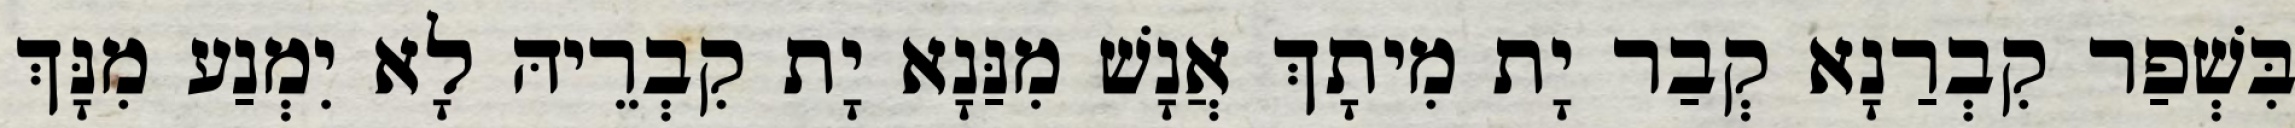
בִּשְׁפַר קִבְרַנָא קְבַר יָת מִיתָךְ אֲנָשׁ מִנַּנָא יָת קִבְרֵיהּ לָא יִמְנַע מִנָּךְ